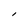
Character: I